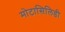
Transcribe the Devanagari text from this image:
मोटासिलिडी